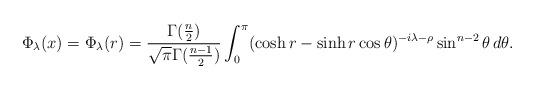
LaTeX: \begin{align*} \Phi_\lambda (x) = \Phi_\lambda (r) = \frac{\Gamma(\frac{n}{2})}{\sqrt{\pi}\Gamma(\frac{n-1}{2})} \int_0^\pi (\cosh r - \sinh r \cos \theta)^{-i \lambda -\rho} \sin^{n-2} \theta \,d\theta.\end{align*}